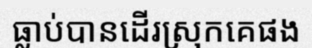
ធ្លាប់បានដើរស្រុកគេផង